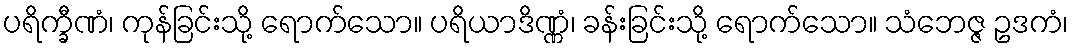
ပရိက္ခီဏံ၊ ကုန်ခြင်းသို့ ရောက်သော။ ပရိယာဒိဏ္ဏံ၊ ခန်းခြင်းသို့ ရောက်သော။ သံဘေဇ္ဇ ဥဒကံ၊